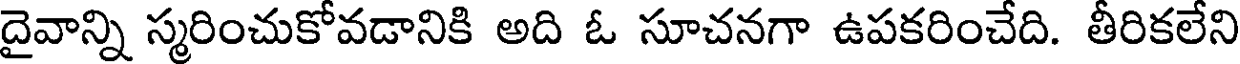
దైవాన్ని స్మరించుకోవడానికి అది ఓ సూచనగా ఉపకరించేది. తీరికలేని